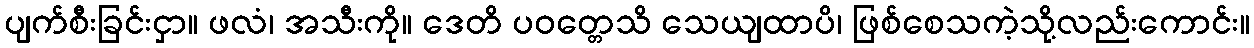
ပျက်စီးခြင်းငှာ။ ဖလံ၊ အသီးကို။ ဒေတိ ပဝတ္တေသိ သေယျထာပိ၊ ဖြစ်စေသကဲ့သို့လည်းကောင်း။